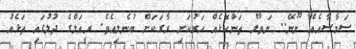
ސަމާސާއެއް ނޫނޭ.. ނަވާލް ތަންކޮޅެއް ހަރުކަށި ރާގަކަށް ބުނެލިއެވެ. ރީއަލްގެ ދުލުގައި ތަޅެއް